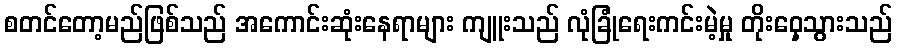
စတင်တော့မည်ဖြစ်သည် အကောင်းဆုံးနေရာများ ကျူးသည် လုံခြုံရေးကင်းမဲ့မှု တိုးဝှေ့သွားသည်